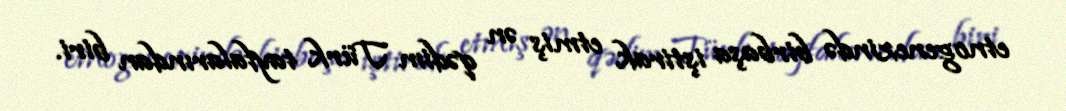
etnogenezində birbaşa iştirak etmiş ən qədim Türk tayfalarından biri.